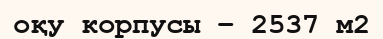
оқу корпусы – 2537 м2